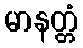
မာနတ္တံ